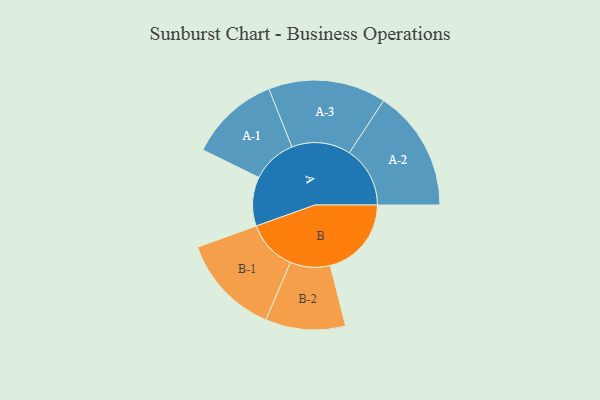
{"axis": {"x": "Segment", "y": "Value"}, "legend": ["", "A", "B"], "data": [{"x": "A", "y": 221, "type": ""}, {"x": "B", "y": 365, "type": ""}, {"x": "A-1", "y": 203, "type": "A"}, {"x": "A-2", "y": 273, "type": "A"}, {"x": "A-3", "y": 265, "type": "A"}, {"x": "B-1", "y": 227, "type": "B"}, {"x": "B-2", "y": 180, "type": "B"}]}